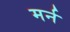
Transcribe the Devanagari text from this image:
मर्न